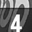
Digit: 4